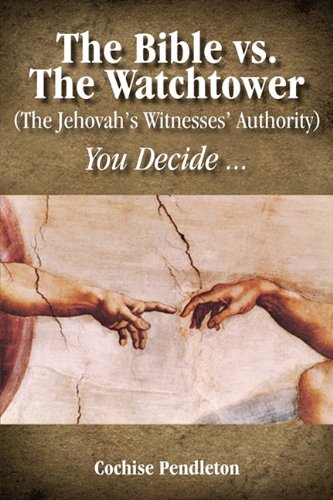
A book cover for The Bible vs. the Watchtower (the Jehovah's Witnesses' Authority); Cochise Pendleton; Christian Books & Bibles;